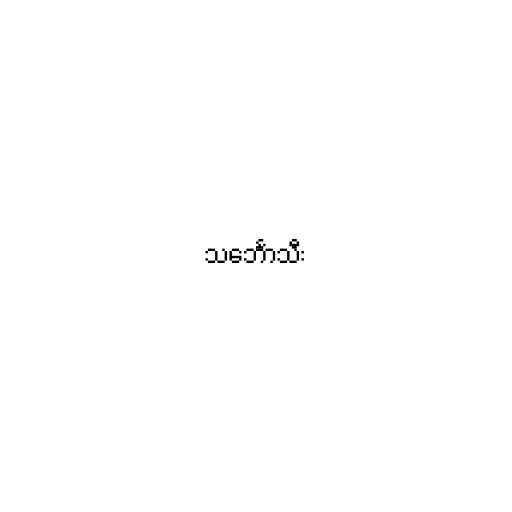
သင်္ဘောသီး